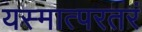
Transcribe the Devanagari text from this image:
यस्मात्परतरं